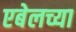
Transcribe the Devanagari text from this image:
एबेलच्या